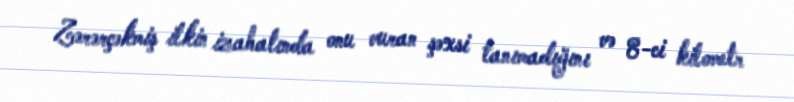
Zərərçəkmiş ilkin izahatında onu vuran şəxsi tanımadığını və 8-ci kilometr